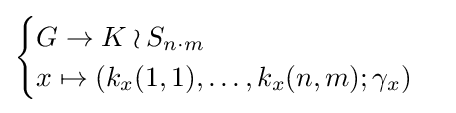
{\begin{cases}G\to K\wr S_{n\cdot m}\\x\mapsto (k_{x}(1,1),\ldots ,k_{x}(n,m);\gamma _{x})\end{cases}}